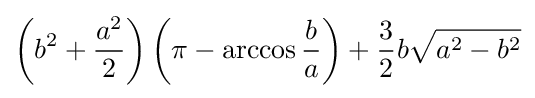
\left(b^{2}+{{a^{2}} \over 2}\right)\left(\pi -\arccos {b \over a}\right)+{3 \over 2}b{\sqrt {a^{2}-b^{2}}}